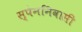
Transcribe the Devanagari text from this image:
स्पेननिवासी